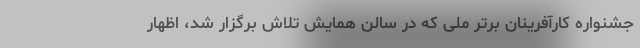
جشنواره کارآفرینان برتر ملی که در سالن همایش تلاش برگزار شد، اظهار